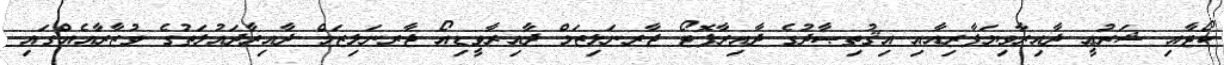
ކޯޓާއި ޝަރުޢީ ދާއިރާވިޔަފާރިއާއި އިޤުތިޞާދުގެ ދާއިރާފޮޓޯ ޖާރނަލިޒަމް ދާއިރާވީޑިއޯ ޖާރނަލިޒަމް ދާއިރާދައުލަތުގެ ވުޒާރާއެއްގައި